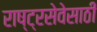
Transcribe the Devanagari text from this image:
राष्ट्रसेवेसाठी